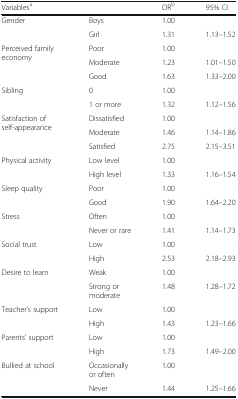
<table><thead><tr><td><b>Variables<sup>a</sup></b></td><td></td><td><b>OR<sup>b</sup></b></td><td><b>95% CI</b></td></tr></thead><tbody><tr><td rowspan="2">Gender</td><td>Boys</td><td>1.00</td><td></td></tr><tr><td>Girl</td><td>1.31</td><td>1.13–1.52</td></tr><tr><td rowspan="3">Perceived family economy</td><td>Poor</td><td>1.00</td><td></td></tr><tr><td>Moderate</td><td>1.23</td><td>1.01–1.50</td></tr><tr><td>Good</td><td>1.63</td><td>1.33–2.00</td></tr><tr><td rowspan="2">Sibling</td><td>0</td><td>1.00</td><td></td></tr><tr><td>1 or more</td><td>1.32</td><td>1.12–1.56</td></tr><tr><td rowspan="3">Satisfaction of self-appearance</td><td>Dissatisfied</td><td>1.00</td><td></td></tr><tr><td>Moderate</td><td>1.46</td><td>1.14–1.86</td></tr><tr><td>Satisfied</td><td>2.75</td><td>2.15–3.51</td></tr><tr><td rowspan="2">Physical activity</td><td>Low level</td><td>1.00</td><td></td></tr><tr><td>High level</td><td>1.33</td><td>1.16–1.54</td></tr><tr><td rowspan="2">Sleep quality</td><td>Poor</td><td>1.00</td><td></td></tr><tr><td>Good</td><td>1.90</td><td>1.64–2.20</td></tr><tr><td rowspan="2">Stress</td><td>Often</td><td>1.00</td><td></td></tr><tr><td>Never or rare</td><td>1.41</td><td>1.14–1.73</td></tr><tr><td rowspan="2">Social trust</td><td>Low</td><td>1.00</td><td></td></tr><tr><td>High</td><td>2.53</td><td>2.18–2.93</td></tr><tr><td rowspan="2">Desire to learn</td><td>Weak</td><td>1.00</td><td></td></tr><tr><td>Strong or moderate</td><td>1.48</td><td>1.28–1.72</td></tr><tr><td rowspan="2">Teacher’s support</td><td>Low</td><td>1.00</td><td></td></tr><tr><td>High</td><td>1.43</td><td>1.23–1.66</td></tr><tr><td rowspan="2">Parents’ support</td><td>Low</td><td>1.00</td><td></td></tr><tr><td>High</td><td>1.73</td><td>1.49–2.00</td></tr><tr><td rowspan="2">Bullied at school</td><td>Occasionally or often</td><td>1.00</td><td></td></tr><tr><td>Never</td><td>1.44</td><td>1.25–1.66</td></tr></tbody></table>